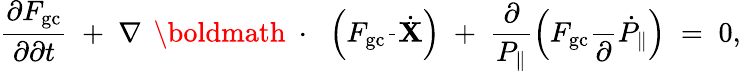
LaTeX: \frac{\partial F_{\mathrm{gc}}}{\partial\partial t}\; +\; \nabla\, \mathrm{~\boldmath~\cdot~}\, \left(F_{\mathrm{gc}}\frac{}{}\dot{\mathbf X}\right)\; +\; \frac{\partial}{P_{\| }}\left(F_{\mathrm{gc}}\frac{}{\partial}\dot{P}_{\| }\right)\; =\; 0,